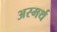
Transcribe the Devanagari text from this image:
अस्मर्थ